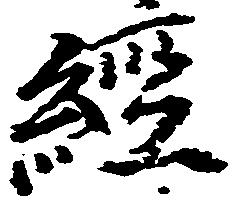
経